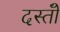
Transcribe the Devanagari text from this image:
दस्तोॅ